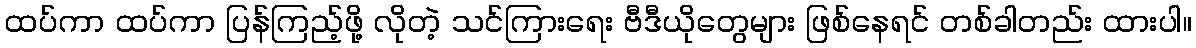
ထပ်ကာ ထပ်ကာ ပြန်ကြည့်ဖို့ လိုတဲ့ သင်ကြားရေး ဗီဒီယိုတွေများ ဖြစ်နေရင် တစ်ခါတည်း ထားပါ။